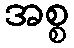
အစ္စ